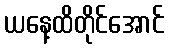
ယနေ့ထိတိုင်အောင်